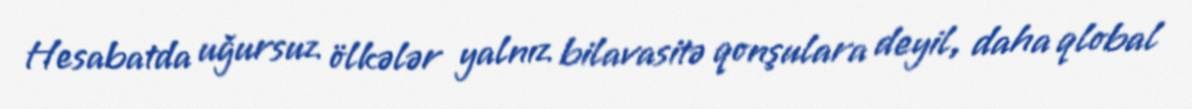
Hesabatda uğursuz ölkələr yalnız bilavasitə qonşulara deyil, daha qlobal